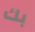
بك